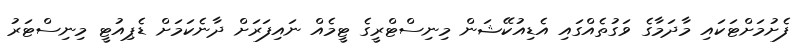
ފެށުމަށްޓަކައި މާދަމާގެ ވަގުތެއްގައި އެޑިއުކޭޝަން މިނިސްޓްރީގެ ޓީމެއް ނައިފަރަށް ދާނެކަމަށް ޑެޕިއުޓީ މިނިސްޓަރު